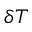
\delta T